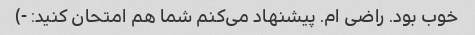
خوب بود. راضی ام. پیشنهاد می‌کنم شما هم امتحان کنید: -)